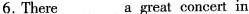
6. There___a great concert in